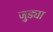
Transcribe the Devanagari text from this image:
जुड्या